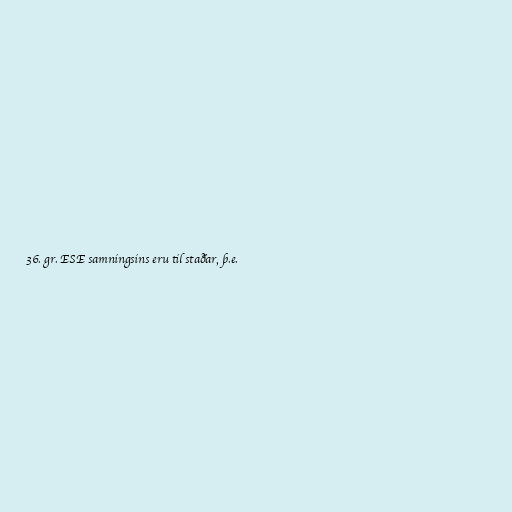
36. gr. ESE samningsins eru til staðar, þ.e.